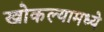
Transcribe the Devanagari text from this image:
खोकल्यामध्ये